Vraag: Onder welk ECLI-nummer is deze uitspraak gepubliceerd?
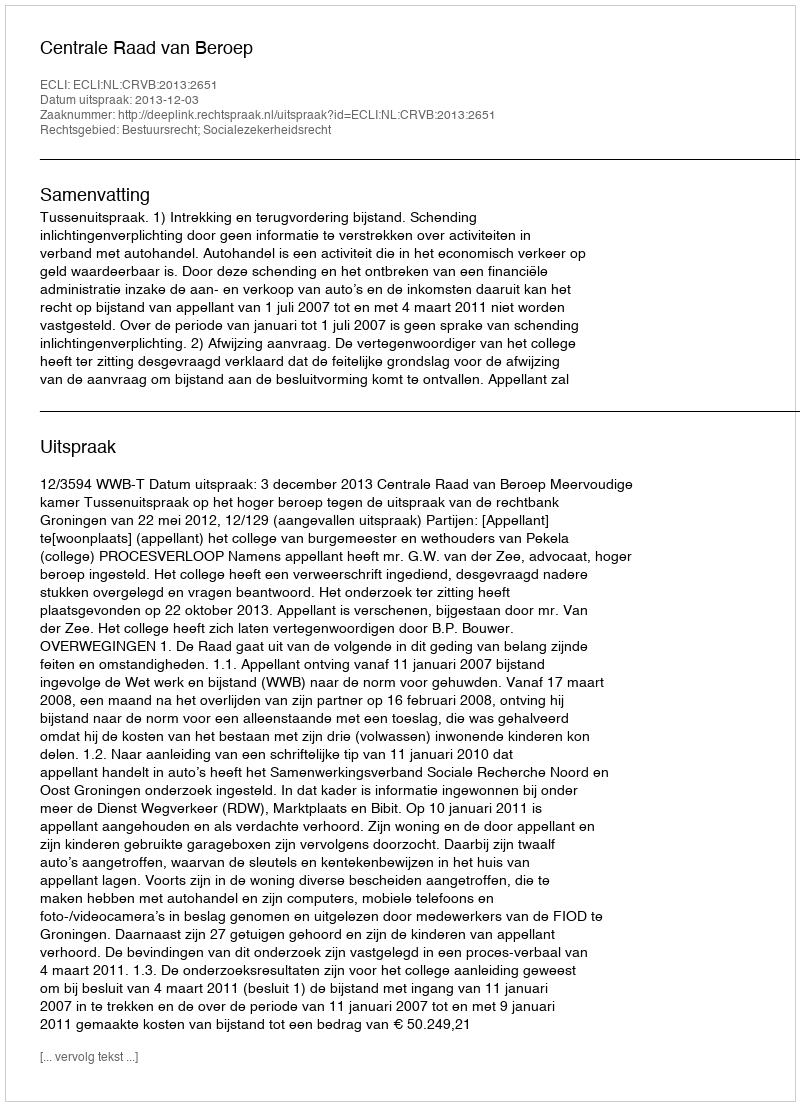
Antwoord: ECLI:NL:CRVB:2013:2651